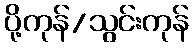
ပို့ကုန်/သွင်းကုန်